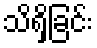
သိရှိခြင်း